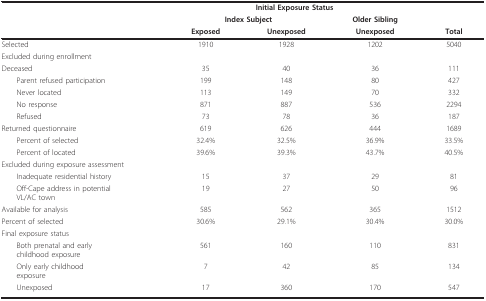
<table><thead><tr><td></td><td colspan="3"><b>Initial Exposure Status</b></td><td></td></tr><tr><td></td><td colspan="2"><b>Index Subject</b></td><td><b>Older Sibling</b></td><td></td></tr><tr><td></td><td><b>Exposed</b></td><td><b>Unexposed</b></td><td><b>Unexposed</b></td><td><b>Total</b></td></tr></thead><tbody><tr><td>Selected</td><td>1910</td><td>1928</td><td>1202</td><td>5040</td></tr><tr><td>Excluded during enrollment</td><td></td><td></td><td></td><td></td></tr><tr><td>Deceased</td><td>35</td><td>40</td><td>36</td><td>111</td></tr><tr><td> Parent refused participation</td><td>199</td><td>148</td><td>80</td><td>427</td></tr><tr><td> Never located</td><td>113</td><td>149</td><td>70</td><td>332</td></tr><tr><td> No response</td><td>871</td><td>887</td><td>536</td><td>2294</td></tr><tr><td> Refused</td><td>73</td><td>78</td><td>36</td><td>187</td></tr><tr><td>Returned questionnaire</td><td>619</td><td>626</td><td>444</td><td>1689</td></tr><tr><td> Percent of selected</td><td>32.4%</td><td>32.5%</td><td>36.9%</td><td>33.5%</td></tr><tr><td> Percent of located</td><td>39.6%</td><td>39.3%</td><td>43.7%</td><td>40.5%</td></tr><tr><td>Excluded during exposure assessment</td><td></td><td></td><td></td><td></td></tr><tr><td> Inadequate residential history</td><td>15</td><td>37</td><td>29</td><td>81</td></tr><tr><td> Off-Cape address in potentialVL/AC town</td><td>19</td><td>27</td><td>50</td><td>96</td></tr><tr><td>Available for analysis</td><td>585</td><td>562</td><td>365</td><td>1512</td></tr><tr><td>Percent of selected</td><td>30.6%</td><td>29.1%</td><td>30.4%</td><td>30.0%</td></tr><tr><td>Final exposure status</td><td></td><td></td><td></td><td></td></tr><tr><td> Both prenatal and earlychildhood exposure</td><td>561</td><td>160</td><td>110</td><td>831</td></tr><tr><td> Only early childhoodexposure</td><td>7</td><td>42</td><td>85</td><td>134</td></tr><tr><td> Unexposed</td><td>17</td><td>360</td><td>170</td><td>547</td></tr></tbody></table>